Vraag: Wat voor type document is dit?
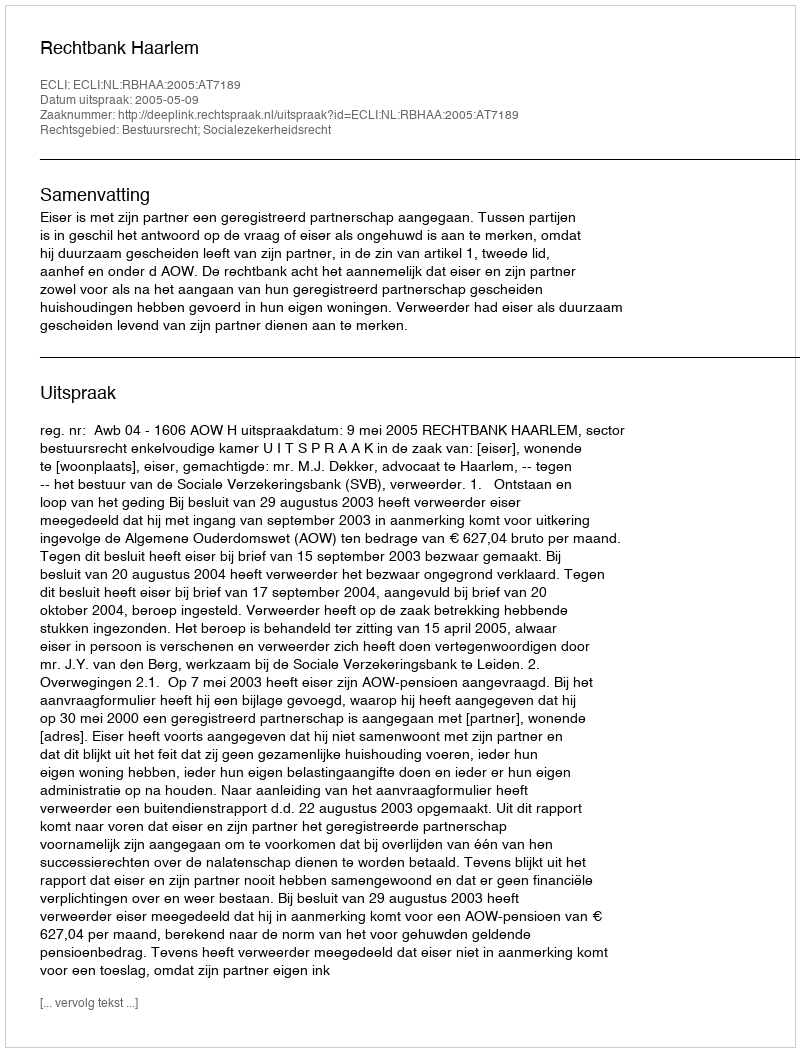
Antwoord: Uitspraak